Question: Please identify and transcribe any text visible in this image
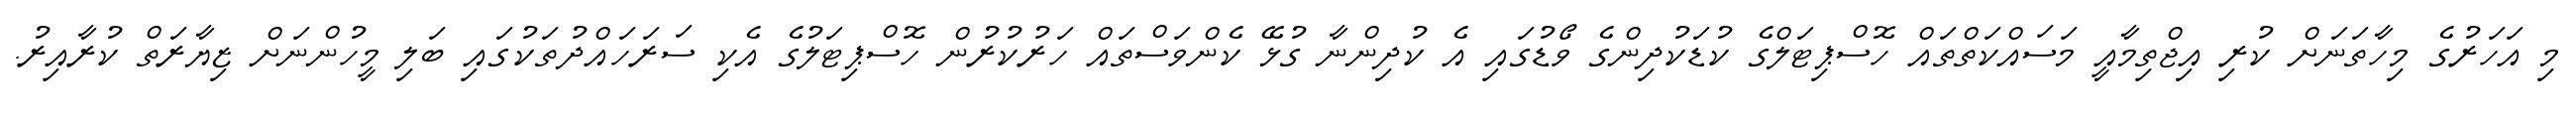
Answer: މި އަހަރުގެ މިހާތަނަށް ކުރި އިޖްތިމާއީ މަސައްކަތްތައް ހޮސްޕިޓަލްގެ ކުޑަކުދިންގެ ވޯޑުގައި އެ ކުދިންނާ ގުޅޭ ކެންވަސްތައް ހަރުކުރުން ހޮސްޕިޓަލުގެ އެކި ސަރަހައްދުތަކުގައި ބަލި މީހުންނަށް ޒިޔާރަތް ކުރާއިރު.